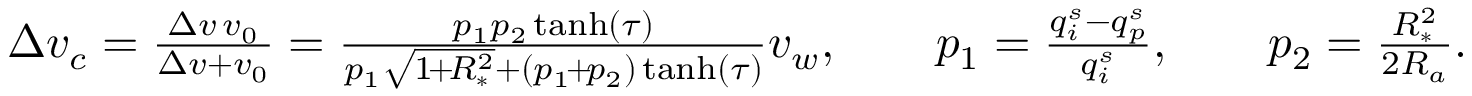
\begin{array} { r } { \Delta { v _ { c } } = \frac { \Delta v \, v _ { 0 } } { \Delta v + v _ { 0 } } = \frac { p _ { 1 } p _ { 2 } \operatorname { t a n h } ( \tau ) } { p _ { 1 } \sqrt { 1 \! + \! R _ { * } ^ { 2 } } + ( p _ { 1 } \! + \! p _ { 2 } ) \operatorname { t a n h } ( \tau ) } v _ { w } , \qquad p _ { 1 } = \frac { q _ { i } ^ { s } - q _ { p } ^ { s } } { q _ { i } ^ { s } } , \qquad p _ { 2 } = \frac { R _ { * } ^ { 2 } } { 2 R _ { a } } . } \end{array}